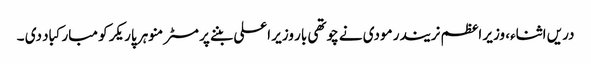
دریں اثناء، وزیر اعظم نریندر مودی نے چوتھی بار وزیر اعلی بننے پر مسٹر منوہر پاریکر کو مبارکباد دی ۔